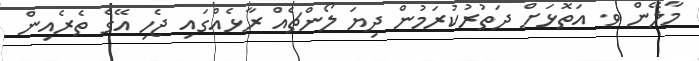
މާލޭން ވ. އަތޮޅަށް ދަތުރުކުރަމުން ދިޔަ ލޯންޗެއް ރާޅެއްގައި ޖެހި އޭގެ ތެރެއިން